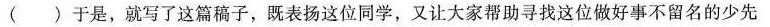
( )于是，就写了这篇稿子，既表扬这位同学，又让大家帮助寻找这位做好事不留名的少先